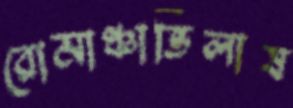
রোমাঞ্চাভিলাষ